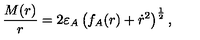
\frac { M ( r ) } { r } = 2 \varepsilon _ { A } \left( f _ { A } ( r ) + \dot { r } ^ { 2 } \right) ^ { \frac { 1 } { 2 } } ,